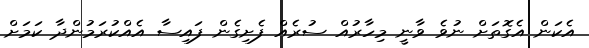
އެކަން އެގޮތަށް ނުވެ ވާނީ މިހާރުއް ސުރެއް ފެށިގެން ފައިސާ އެއްކުރަމުންދާ ކަމަށް